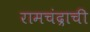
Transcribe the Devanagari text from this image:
रामचंद्राची